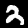
Label: 2